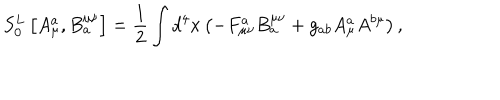
S _ { 0 } ^ { L } \left[ A _ { \mu } ^ { a } , B _ { a } ^ { \mu \nu } \right] = \frac 1 2 \int d ^ { 4 } x \left( - F _ { \mu \nu } ^ { a } B _ { a } ^ { \mu \nu } + g _ { a b } A _ { \mu } ^ { a } A ^ { b \mu } \right) ,